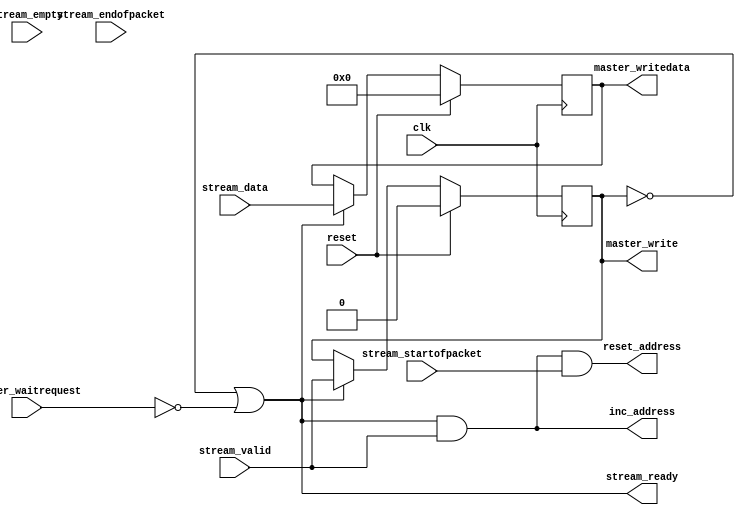
// (C) 2001-2015 Altera Corporation. All rights reserved.
// Your use of Altera Corporation's design tools, logic functions and other 
// software and tools, and its AMPP partner logic functions, and any output 
// files any of the foregoing (including device programming or simulation 
// files), and any associated documentation or information are expressly subject 
// to the terms and conditions of the Altera Program License Subscription 
// Agreement, Altera MegaCore Function License Agreement, or other applicable 
// license agreement, including, without limitation, that your use is for the 
// sole purpose of programming logic devices manufactured by Altera and sold by 
// Altera or its authorized distributors.  Please refer to the applicable 
// agreement for further details.


// THIS FILE IS PROVIDED "AS IS", WITHOUT WARRANTY OF ANY KIND, EXPRESS OR
// IMPLIED, INCLUDING BUT NOT LIMITED TO THE WARRANTIES OF MERCHANTABILITY,
// FITNESS FOR A PARTICULAR PURPOSE AND NONINFRINGEMENT. IN NO EVENT SHALL
// THE AUTHORS OR COPYRIGHT HOLDERS BE LIABLE FOR ANY CLAIM, DAMAGES OR OTHER
// LIABILITY, WHETHER IN AN ACTION OF CONTRACT, TORT OR OTHERWISE, ARISING
// FROM, OUT OF OR IN CONNECTION WITH THIS FILE OR THE USE OR OTHER DEALINGS
// IN THIS FILE.

module altera_up_video_dma_to_memory (
	// Inputs
	clk,
	reset,

	stream_data,
	stream_startofpacket,
	stream_endofpacket,
	stream_empty,
	stream_valid,

	master_waitrequest,
	
	// Bidirectional

	// Outputs
	stream_ready,

	master_write,
	master_writedata,

	inc_address,
	reset_address
);

/*****************************************************************************
 *                           Parameter Declarations                          *
 *****************************************************************************/

parameter DW	=  15; // Frame's datawidth
parameter EW	=   0; // Frame's empty width

parameter MDW	=  15; // Avalon master's datawidth

/*****************************************************************************
 *                             Port Declarations                             *
 *****************************************************************************/

// Inputs
input						clk;
input						reset;

input			[DW: 0]	stream_data;
input						stream_startofpacket;
input						stream_endofpacket;
input			[EW: 0]	stream_empty;
input						stream_valid;

input						master_waitrequest;
	
// Bidirectional

// Outputs
output					stream_ready;

output					master_write;
output		[MDW:0]	master_writedata;

output					inc_address;
output					reset_address;

/*****************************************************************************
 *                           Constant Declarations                           *
 *****************************************************************************/


/*****************************************************************************
 *                 Internal Wires and Registers Declarations                 *
 *****************************************************************************/

// Internal Wires

// Internal Registers
reg			[DW: 0]	temp_data;
reg						temp_valid;

// State Machine Registers

// Integers

/*****************************************************************************
 *                         Finite State Machine(s)                           *
 *****************************************************************************/


/*****************************************************************************
 *                             Sequential Logic                              *
 *****************************************************************************/

// Output Registers

// Internal Registers
always @(posedge clk)
begin
	if (reset)
	begin
		temp_data	<=  'h0;
		temp_valid	<= 1'b0;
	end
	else if (stream_ready)
	begin
		temp_data	<= stream_data;
		temp_valid	<= stream_valid;
	end
end

/*****************************************************************************
 *                            Combinational Logic                            *
 *****************************************************************************/
// Output Assignments
assign stream_ready		= ~temp_valid | ~master_waitrequest;

assign master_write		= temp_valid;
assign master_writedata	= temp_data;

assign inc_address		= stream_ready & stream_valid;
assign reset_address		= inc_address & stream_startofpacket;

// Internal Assignments

/*****************************************************************************
 *                              Internal Modules                             *
 *****************************************************************************/


endmodule